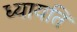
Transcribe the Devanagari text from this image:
ध्यायति